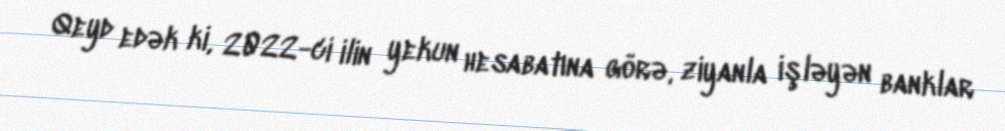
Qeyd edək ki, 2022-ci ilin yekun hesabatına görə, ziyanla işləyən banklar